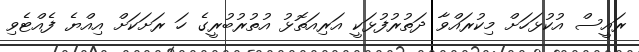
ރައީސް އުކުޅަހަށް މިކުރައްވާ ދަތުރުފުޅަކީ އަރިއަތޮޅު އުތުރުބުރީގެ ހަ ރަށަކަށް އިއްޔެ ފެއްޓެވި